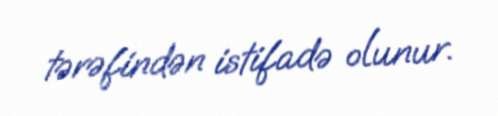
tərəfindən istifadə olunur.